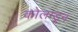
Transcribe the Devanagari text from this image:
कोलम्डून